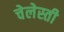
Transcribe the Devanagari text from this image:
चेलेस्ती